Memorandum on the prevention of leprosy by segregation of the affected
Disease focus: Leprosy
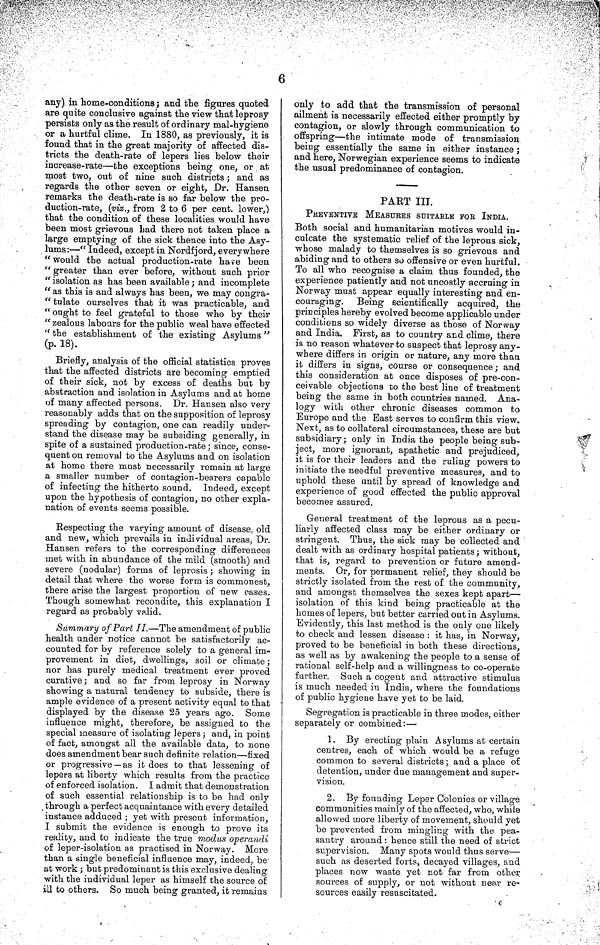
6
any) in home-conditions ; and the figures quoted
are quite conclusive against the view that leprosy
persists only as the result of ordinary mal-hygiene
or a hurtful clime. In 1880, as previously, it is
found that in the great majority of affected dis-
tricts the death-rate of lepers lies below their
increase-rate—the exceptions being one, or at
most two, out of nine such districts ; and as
regards the other seven or eight, Dr. Hansen
remarks the death-rate is so far below the pro-
duction-rate, (viz., from 2 to 6 per cent. lower,)
that the condition of these localities would have
been most grievous had there not taken place a
large emptying of the sick thence into the Asy-
lums:—" Indeed, except in Nordfjord, everywhere
" would the actual production-rate have been
" greater than ever before, without such prior
" isolation as has been available ; and incomplete
" as this is and always has been, we may congra-
" tulate ourselves that it was practicable, and
" ought to feel grateful to those who by their
" zealous labours for the public weal have effected
" the establishment of the existing Asylums"
(p. 18).
Briefly, analysis of the official statistics proves
that the affected districts are becoming emptied
of their sick, not by excess of deaths but by
abstraction and isolation in Asylums and at home
of many affected persons. Dr. Hansen also very
reasonably adds that on the supposition of leprosy
spreading by contagion, one can readily under-
stand the disease may be subsiding generally, in
spite of a sustained production-rate ; since, conse-
quent on removal to the Asylums and on isolation
at home there must necessarily remain at large
a smaller number of contagion-bearers capable
of infecting the hitherto sound. Indeed, except
upon the hypothesis of contagion, no other expla-
nation of events seems possible.
Respecting the varying amount of disease, old
and new, which prevails in individual areas, Dr.
Hansen refers to the corresponding differences
met with in abundance of the mild (smooth) and
severe (nodular) forms of leprosis ; showing in
detail that where the worse form is commonest,
there arise the largest proportion of new cases.
Though somewhat recondite, this explanation I
regard as probably valid.
Summary of Part I I.—The amendment of public
health under notice cannot be satisfactorily ac-
counted for by reference solely to a general im-
provement in diet, dwellings, soil or climate;
nor has purely medical treatment ever proved
curative; and so far from leprosy in Norway
showing a natural tendency to subside, there is
ample evidence of a present activity equal to that
displayed by the disease 25 years ago. Some
influence might, therefore, be assigned to the
special measure of isolating lepers ; and, in point
of fact, amongst all the available data, to none
does amendment bear such definite relation—fixed
or progressive — as it does to that lessening of
lepers at liberty which results from the practice
of enforced isolation. I admit that demonstration
of such essential relationship is to be had only
through a perfect acquaintance with every detailed
instance adduced ; yet with present information,
I submit the evidence is enough to prove its
reality, and to indicate the true modus operandi
of leper-isolation as practised in Norway. More
than a single beneficial influence may, indeed, be-
at work ; but predominant is this exclusive dealing
with the individual leper as himself the source of
ill to others. So much being granted, it remains
only to add that the transmission of personal
ailment is necessarily effected either promptly by
contagion, or slowly through communication to
offspring—the intimate mode of transmission
being essentially the same in either instance ;
and here, Norwegian experience seems to indicate
the usual predominance of contagion.
PART III.
PREVENTIVE MEASURES SUITABLE FOR INDIA.
Both social and humanitarian motives would in-
culcate the systematic relief of the leprous sick,
whose malady to themselves is so grievous and
abiding and to others so offensive or even hurtful.
To all who recognise a claim thus founded, the
experience patiently and not uncostly accruing in
Norway must appear equally interesting and en-
couraging. Being scientifically acquired, the
principles hereby evolved become applicable under
conditions so widely diverse as those of Norway
and India. First, as to country and clime, there
is no reason whatever to suspect that leprosy any-
where differs in origin or nature, any more than
it differs in signs, course or consequence; and
this consideration at once disposes of pre-con-
ceivable objections to the best line of treatment
being the same in both countries named. Ana-
logy with other chronic diseases common to
Europe and the East serves to confirm this view.
Next, as to collateral circumstances, these are but
subsidiary ; only in India the people being sub-
ject, more ignorant, apathetic and prejudiced,
it is for their leaders and the ruling powers to
initiate the needful preventive measures, and to
uphold these until by spread of knowledge and
experience of good effected the public approval
becomes assured.
General treatment of the leprous as a pecu-
liarly affected class may be either ordinary or
stringent. Thus, the sick may be collected and
dealt with as ordinary hospital patients ; without,
that is, regard to prevention or future amend-
ments. Or, for permanent relief, they should be
strictly isolated from the rest of the community,
and amongst themselves the sexes kept apart—
isolation of this kind being practicable at the
homes of lepers, but better carried out in Asylums.
Evidently, this last method is the only one likely
to check and lessen disease : it has, in Norway,
proved to be beneficial in both these directions,
as well as by awakening the people to a sense of
rational self-help and a willingness to co-operate
further. Such a cogent and attractive stimulus
is much needed in India, where the foundations
of public hygiene have yet to be laid.
Segregation is practicable in three modes, either
separately or combined:—
1. By erecting plain Asylums at certain
centres, each of which would be a refuge
common to several districts ; and a place of
detention, under due management and super-
vision.
2. By founding Leper Colonies or village
communities mainly of the affected, who, while
allowed more liberty of movement, should yet
be prevented from mingling with the pea-
santry around : hence still the need of strict
supervision. Many spots would thus serve—
such as deserted forts, decayed villages, and
places now waste yet not far from other
sources of supply, or not without near re-
sources easily resuscitated.